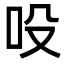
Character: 吺